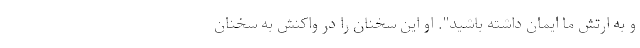
و به ارتش ما ایمان داشته باشید". او این سخنان را در واکنش به سخنان